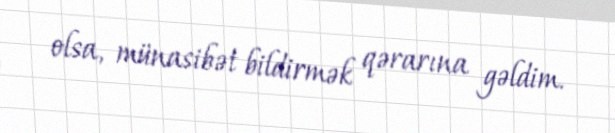
olsa, münasibət bildirmək qərarına gəldim.